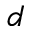
d